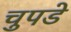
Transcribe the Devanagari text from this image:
चुपडे